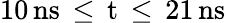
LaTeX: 10\, \mathrm{{ns}\, \leq\, t\, \leq\, 21\, \mathrm{{ns}}}